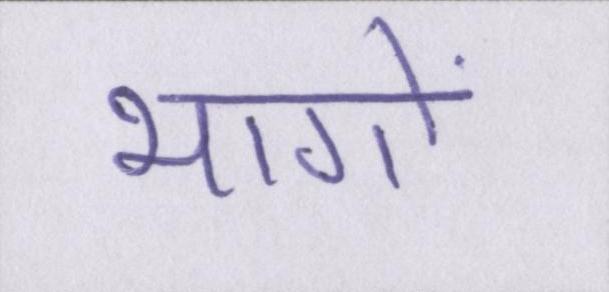
भागों